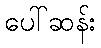
ပေါ်ဆန်း